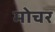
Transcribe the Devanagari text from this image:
मोचर